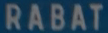
RABAT